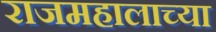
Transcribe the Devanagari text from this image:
राजमहालाच्या